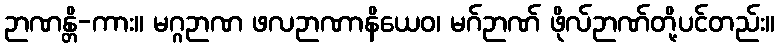
ဉာဏန္တိ-ကား။ မဂ္ဂဉာဏ ဖလဉာဏာနိယေဝ၊ မဂ်ဉာဏ် ဖိုလ်ဉာဏ်တို့ပင်တည်း။